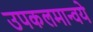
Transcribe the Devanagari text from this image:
उपकलमान्वये